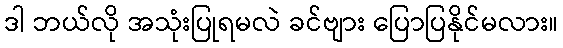
ဒါ ဘယ်လို အသုံးပြုရမလဲ ခင်ဗျား ပြောပြနိုင်မလား။